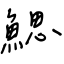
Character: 鰓